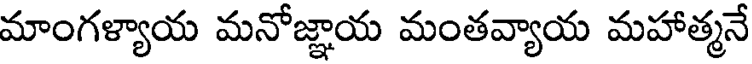
మాంగళ్యాయ మనోజ్ఞాయ మంతవ్యాయ మహాత్మనే